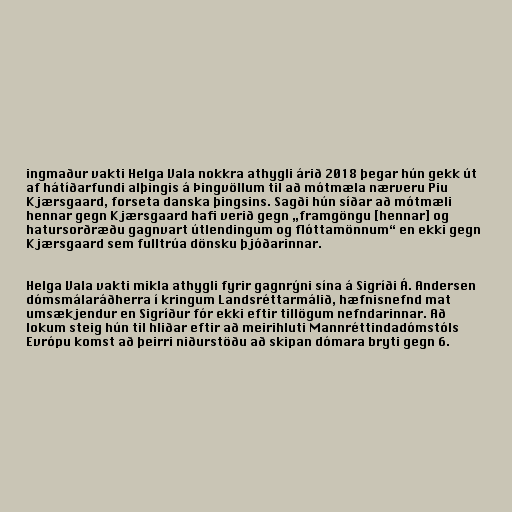
ingmaður vakti Helga Vala nokkra athygli árið 2018 þegar hún gekk út
af hátíðarfundi alþingis á Þingvöllum til að mótmæla nærveru Piu
Kjærsgaard, forseta danska þingsins. Sagði hún síðar að mótmæli
hennar gegn Kjærsgaard hafi verið gegn „framgöngu [hennar] og
hatursorðræðu gagnvart útlendingum og flóttamönnum“ en ekki gegn
Kjærsgaard sem fulltrúa dönsku þjóðarinnar.

Helga Vala vakti mikla athygli fyrir gagnrýni sína á Sigríði Á. Andersen
dómsmálaráðherra í kringum Landsréttarmálið, hæfnisnefnd mat
umsækjendur en Sigríður fór ekki eftir tillögum nefndarinnar. Að
lokum steig hún til hliðar eftir að meirihluti Mannréttindadómstóls
Evrópu komst að þeirri niðurstöðu að skipan dómara bryti gegn 6.